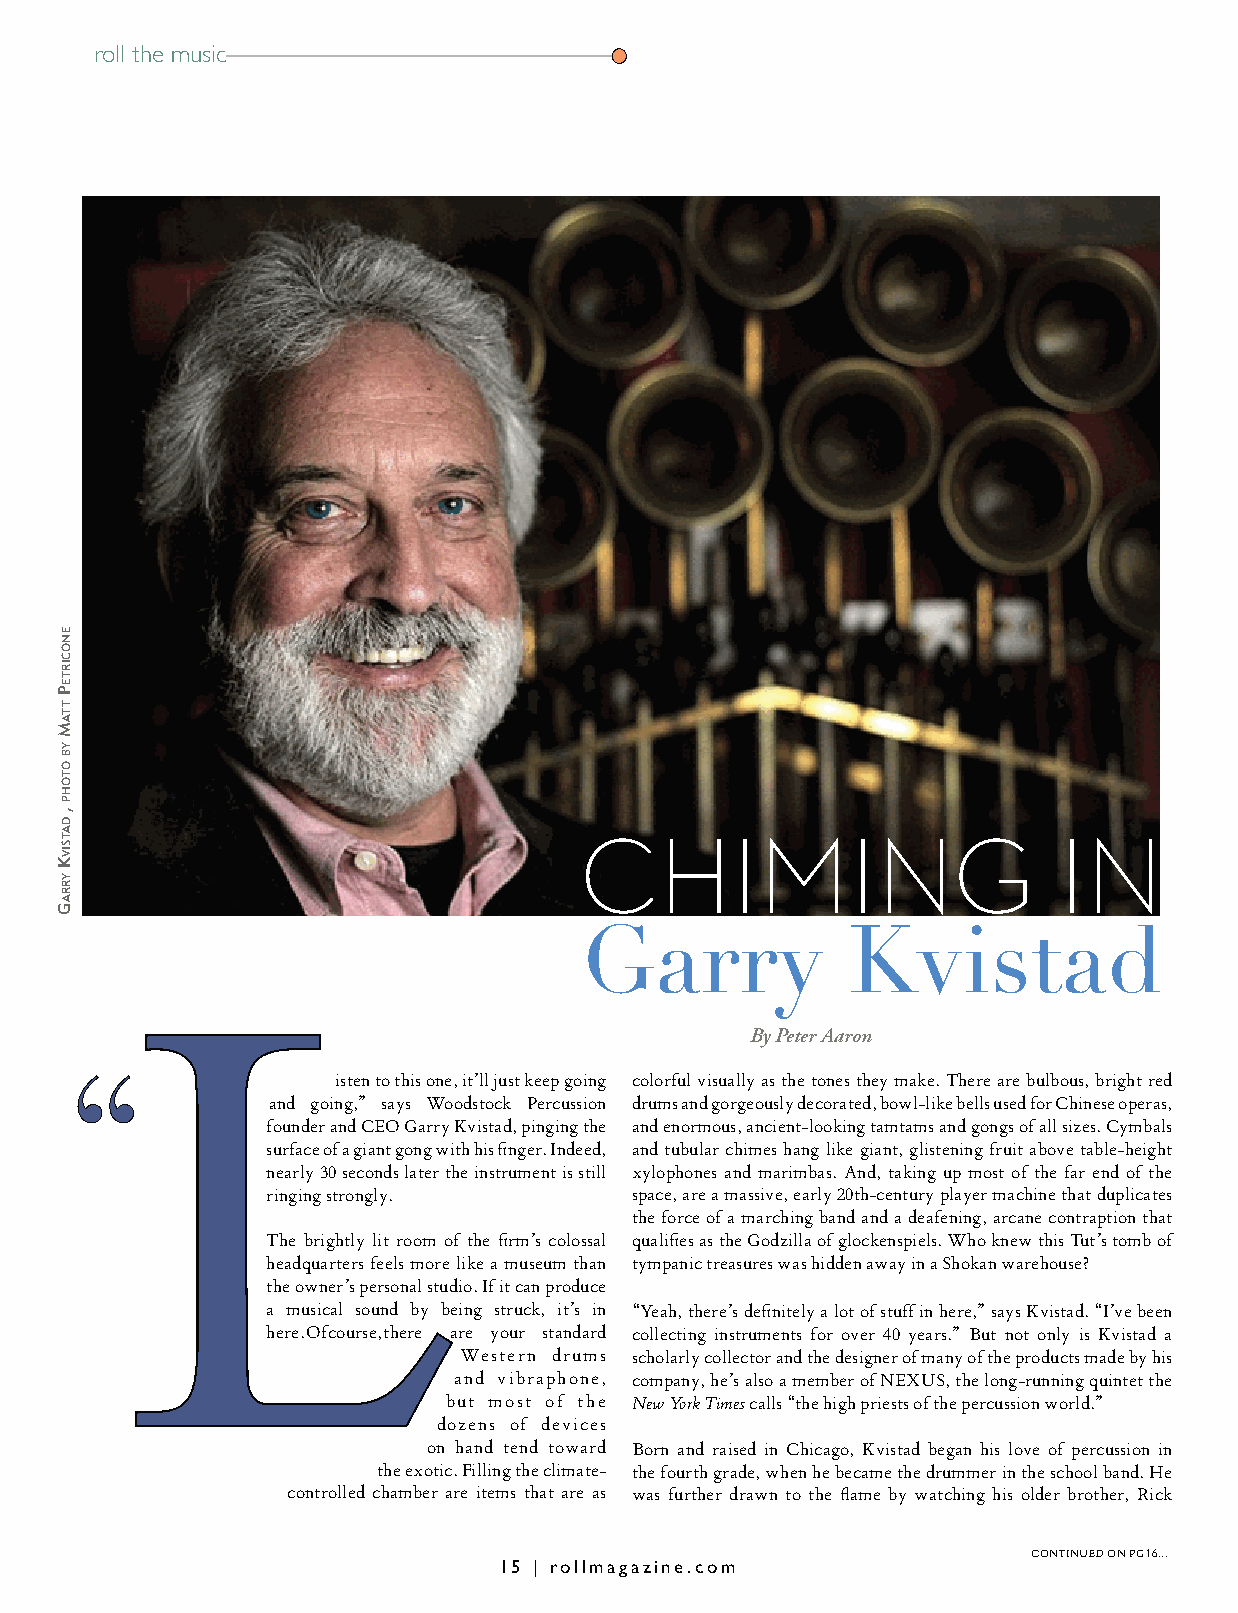
roll the music
 CHIMING                         IN
 Garry             Kvistad
 By Peter Aaron
 isten to this one, it’ll just keep going colorful visually as the tones they make. There are bulbous, bright red
 and going,” says Woodstock Percussion drums and gorgeously decorated, bowl-like bells used for Chinese operas,
 founder and CEO Garry Kvistad, pinging the and enormous, ancient-looking tamtams and gongs of all sizes. Cymbals
 surface of a giant gong with his finger. Indeed, and tubular chimes hang like giant, glistening fruit above table-height
 nearly 30 seconds later the instrument is still xylophones and marimbas. And, taking up most of the far end of the
 ringing strongly.       space, are a massive, early 20th-century player machine that duplicates
 the force of a marching band and a deafening, arcane contraption that
 The brightly lit room of the firm’s colossal qualifies as the Godzilla of glockenspiels. Who knew this Tut’s tomb of
 headquarters feels more like a museum than tympanic treasures was hidden away in a Shokan warehouse?
 the owner’s personal studio. If it can produce
 a musical sound by being struck, it’s in “Yeah, there’s definitely a lot of stuff in here,” says Kvistad. “I’ve been
 here. Of course, there are your standard collecting instruments for over 40 years.” But not only is Kvistad a
 Western drums scholarly collector and the designer of many of the products made by his
 and vibraphone, company, he’s also a member of NEXUS, the long-running quintet the
 but most of the New York Times calls “the high priests of the percussion world.”
 dozens of devices
 on hand tend toward Born and raised in Chicago, Kvistad began his love of percussion in
 the exotic. Filling the climate- the fourth grade, when he became the drummer in the school band. He
 controlled chamber are items that are as was further drawn to the flame by watching his older brother, Rick
 continued on pg 16...
 15 | rollmagazine.com
 enoCirtep
 ttAm
 yb
 otoHp
 ,
 dAtSivK
 yrrAg